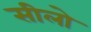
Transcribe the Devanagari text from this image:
सीलो